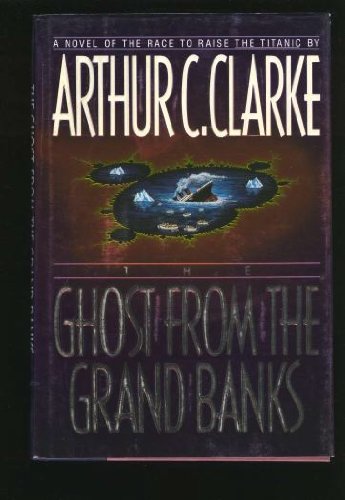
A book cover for The Ghost from the Grand Banks; Arthur C. Clarke; Science Fiction & Fantasy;